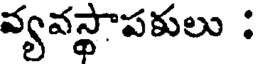
వ్యవస్థాపకులు :